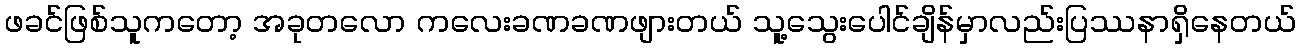
ဖခင်ဖြစ်သူကတော့ အခုတလော ကလေးခဏခဏဖျားတယ် သူ့သွေးပေါင်ချိန်မှာလည်းပြဿနာရှိနေတယ်